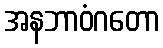
အနဘာဝံဂတော